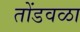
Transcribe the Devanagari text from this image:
तोंडवळा